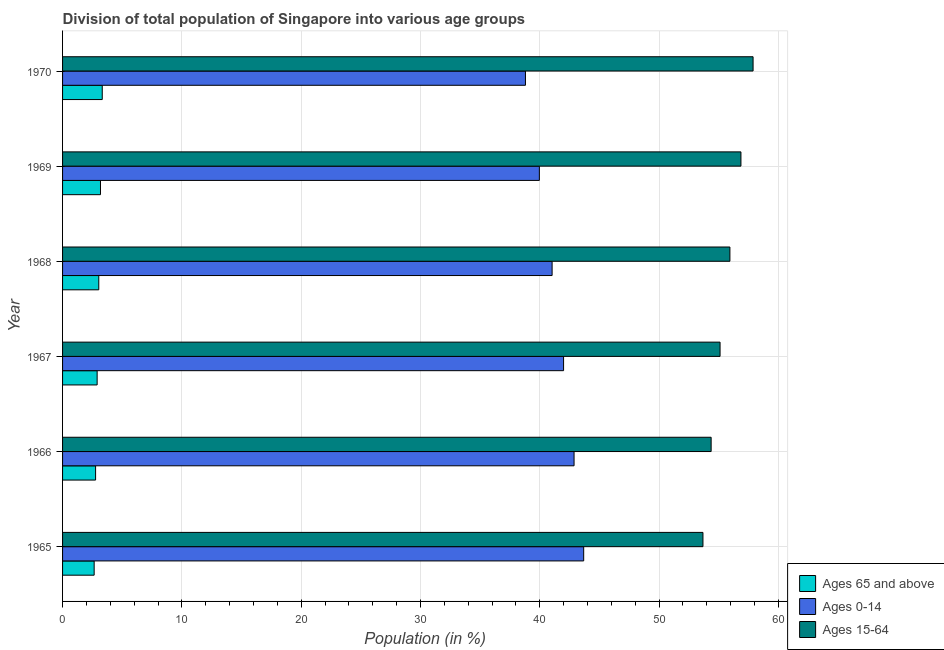
| Year | Ages 65 and above | Ages 0-14 | Ages 15-64 |
 | --- | --- | --- | --- |
 | 1965 | 2.65 | 43.7 | 53.7 |
 | 1966 | 2.77 | 42.9 | 54.4 |
 | 1967 | 2.9 | 42 | 55.1 |
 | 1968 | 3.03 | 41 | 55.9 |
 | 1969 | 3.18 | 40 | 56.9 |
 | 1970 | 3.33 | 38.8 | 57.9 |